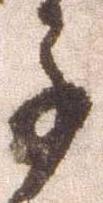
子